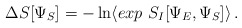
\begin{align*}\Delta S[\Psi_S] = - \ln \langle exp~ S_I[\Psi_E,\Psi_S] \rangle \,. \end{align*}